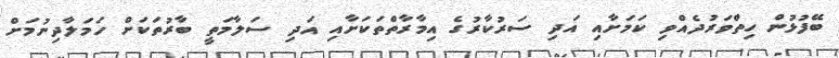
ބޭފުޅުން ހިތްވަރުދެއްވި ކަމަށާއި އަދި ސަރުކާރުގެ އިމާރާތްތަކަށާއި އަދި ސަލާމަތީ ބާރުތަކަށް ހަމަލާދިނުމަށް